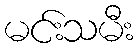
မင်းသမီး